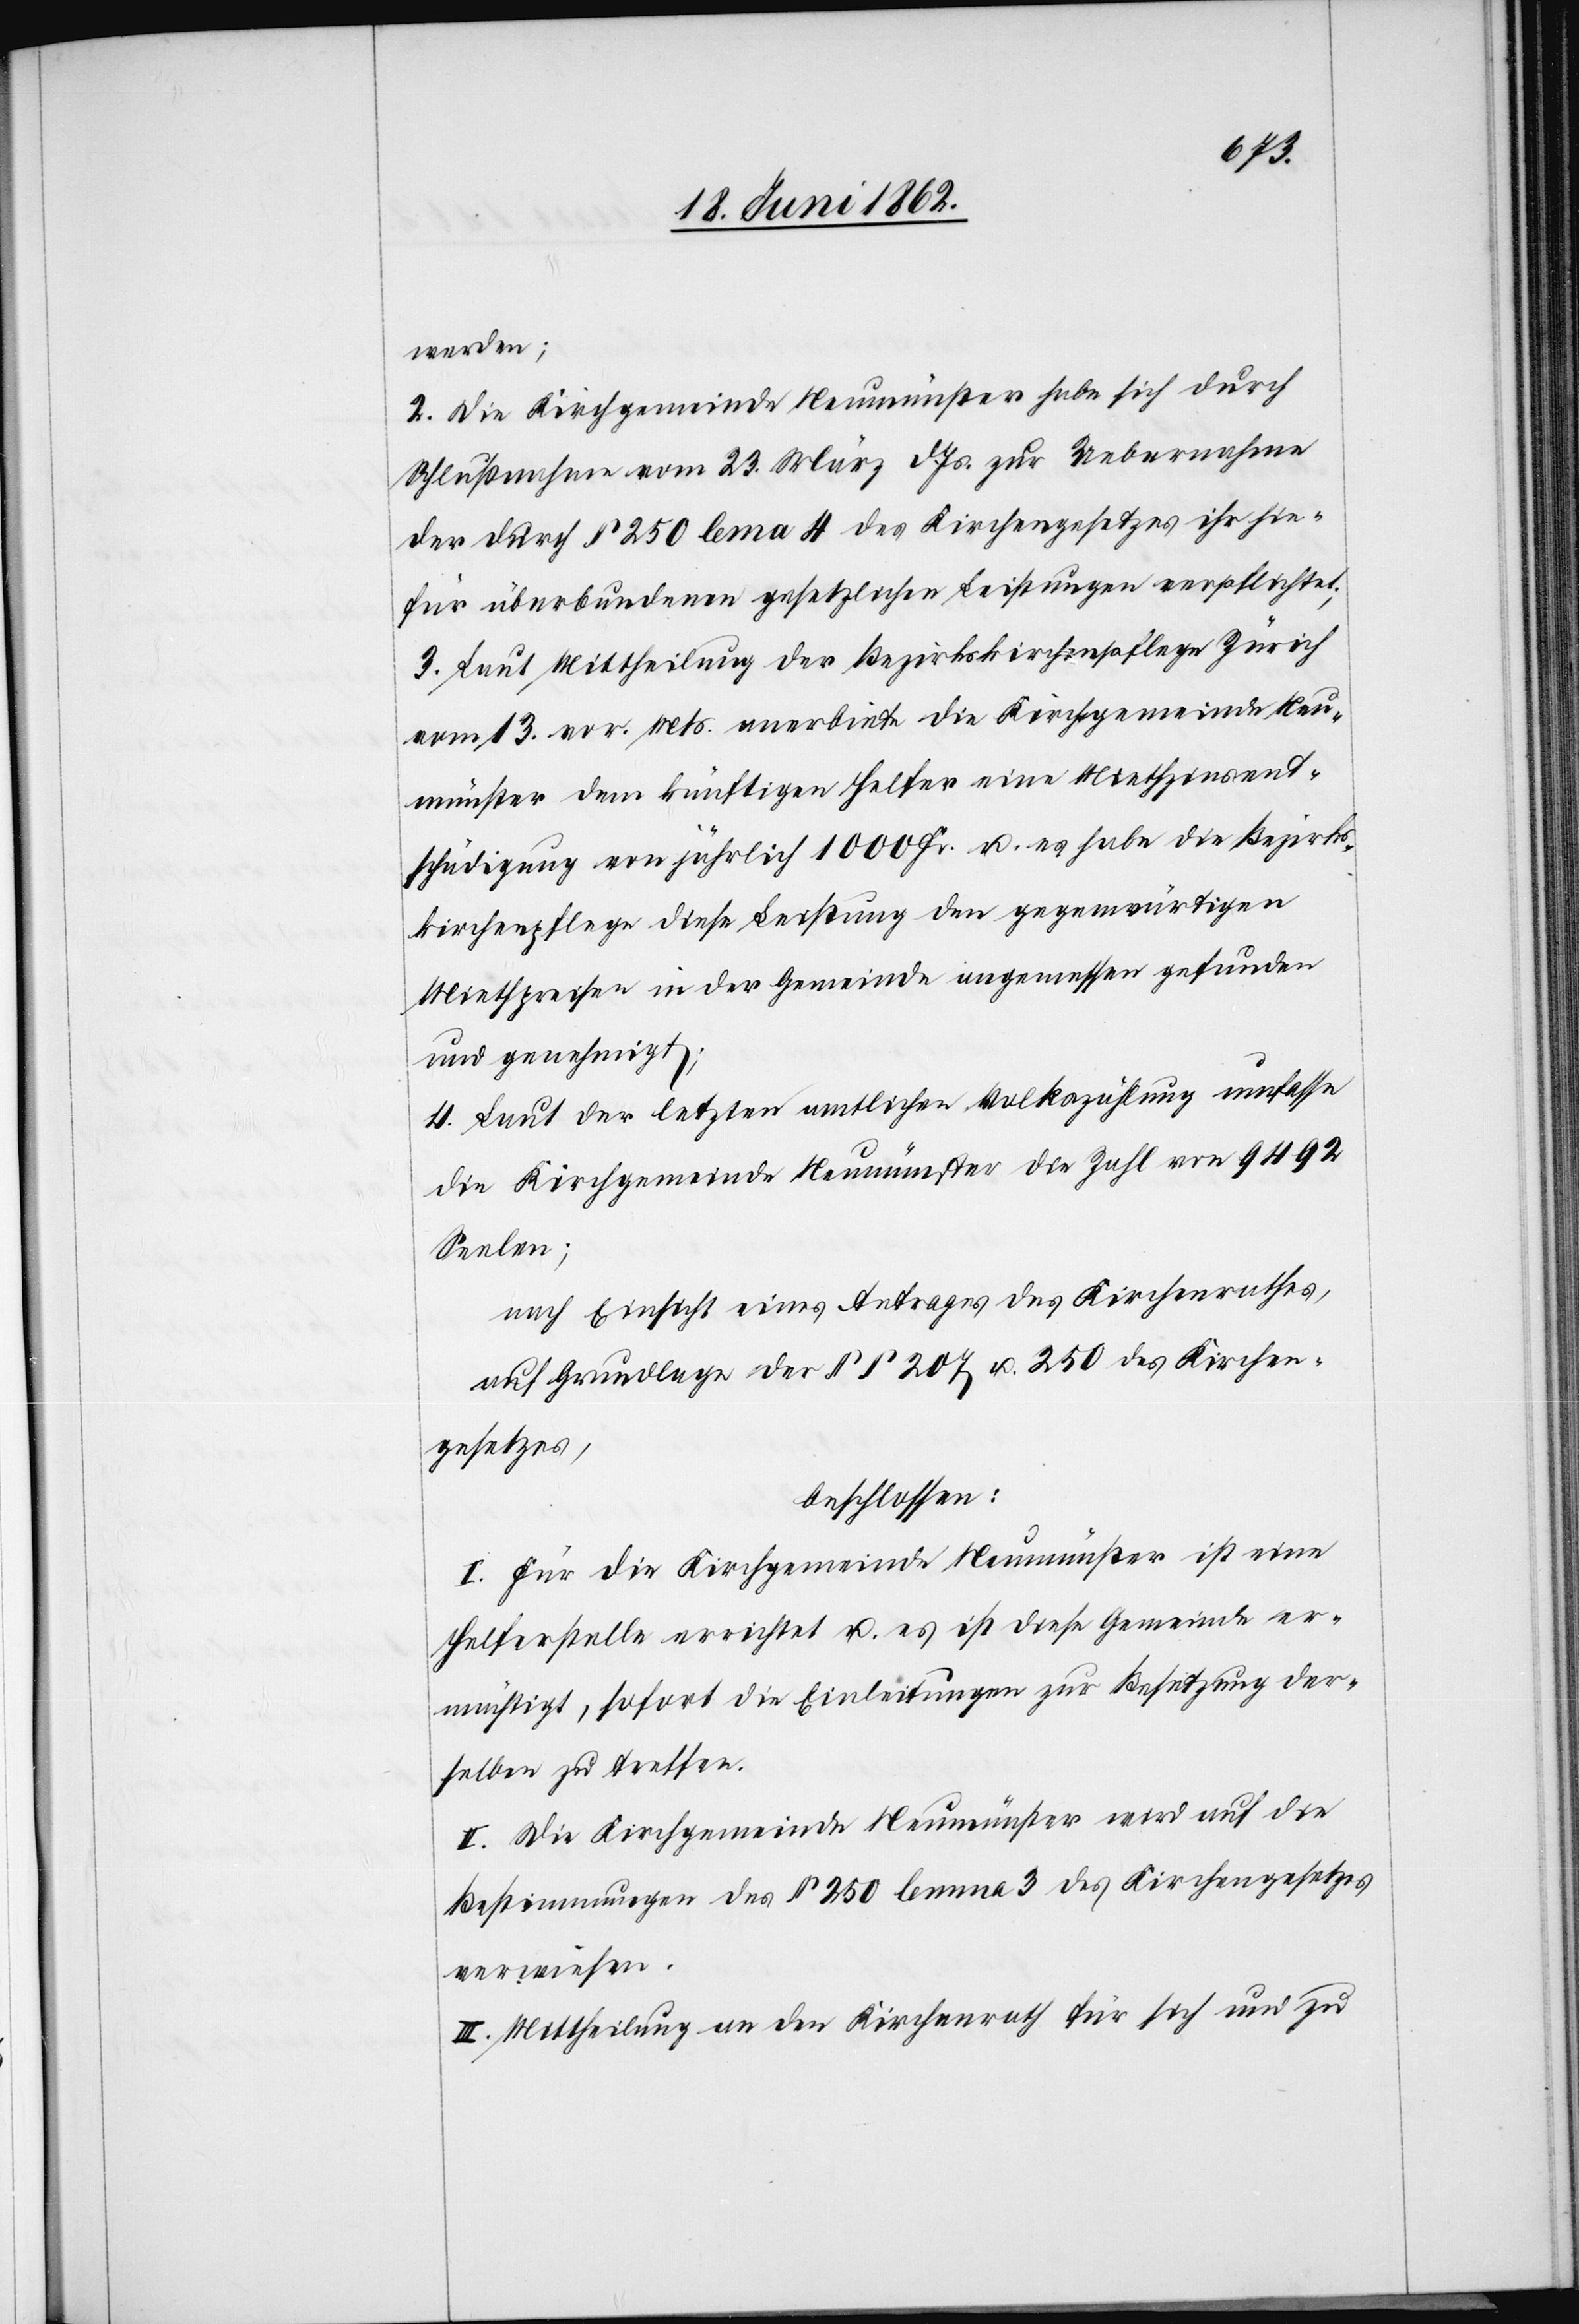
werden;
2. Die Kirchgemeinde Neumünster habe sich durch
Schlußnahme vom 23. März d. Js. zur Uebernahme
der durch § 250 lem[m]a 4 des Kirchengesetzes ihr hie¬
für überbundenen gesetzlichen Leistungen verpflichtet.
3. Laut Mittheilung der Bezirkskirchenpflege Zürich
vom 13. vor. Mts. anerbiete die Kirchgemeinde Neu¬
münster dem künftigen Helfer eine Miethzinsent¬
schädigung von jährlich 1000 Fr. u. es habe die Bezirks¬
kirchenpflege diese Leistung den gegenwärtigen
Miethpreisen in der Gemeinde angemessen gefunden
und genehmigt;
4. Laut der letzten amtlichen Volkszählung umfasse
die Kirchgemeinde Neumünster die Zahl von 9492
Seelen;
nach Einsicht eines Antrages des Kirchenrathes,
auf Grundlage der §§ 207 u. 250 des Kirchen¬
gesetzes,
beschlossen:
I. Für die Kirchgemeinde Neumünster ist eine
Helferstelle errichtet u. es ist diese Gemeinde er¬
mächtigt, sofort die Einleitungen zur Besetzung der¬
selben zu treffen.
II. Die Kirchgemeinde Neumünster wird auf die
Bestimmungen des § 250 lemma 3 des Kirchengesetzes
verwiesen.
III. Mittheilung an den Kirchenrath für sich und zu